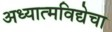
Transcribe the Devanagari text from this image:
अध्यात्मविद्येचा